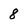
Character: 8